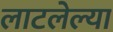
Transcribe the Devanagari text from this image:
लाटलेल्या